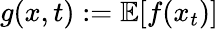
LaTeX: g(x,t):=\mathbb{E}[f(x_{t})]